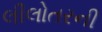
લીલોતરની